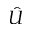
\hat { U }